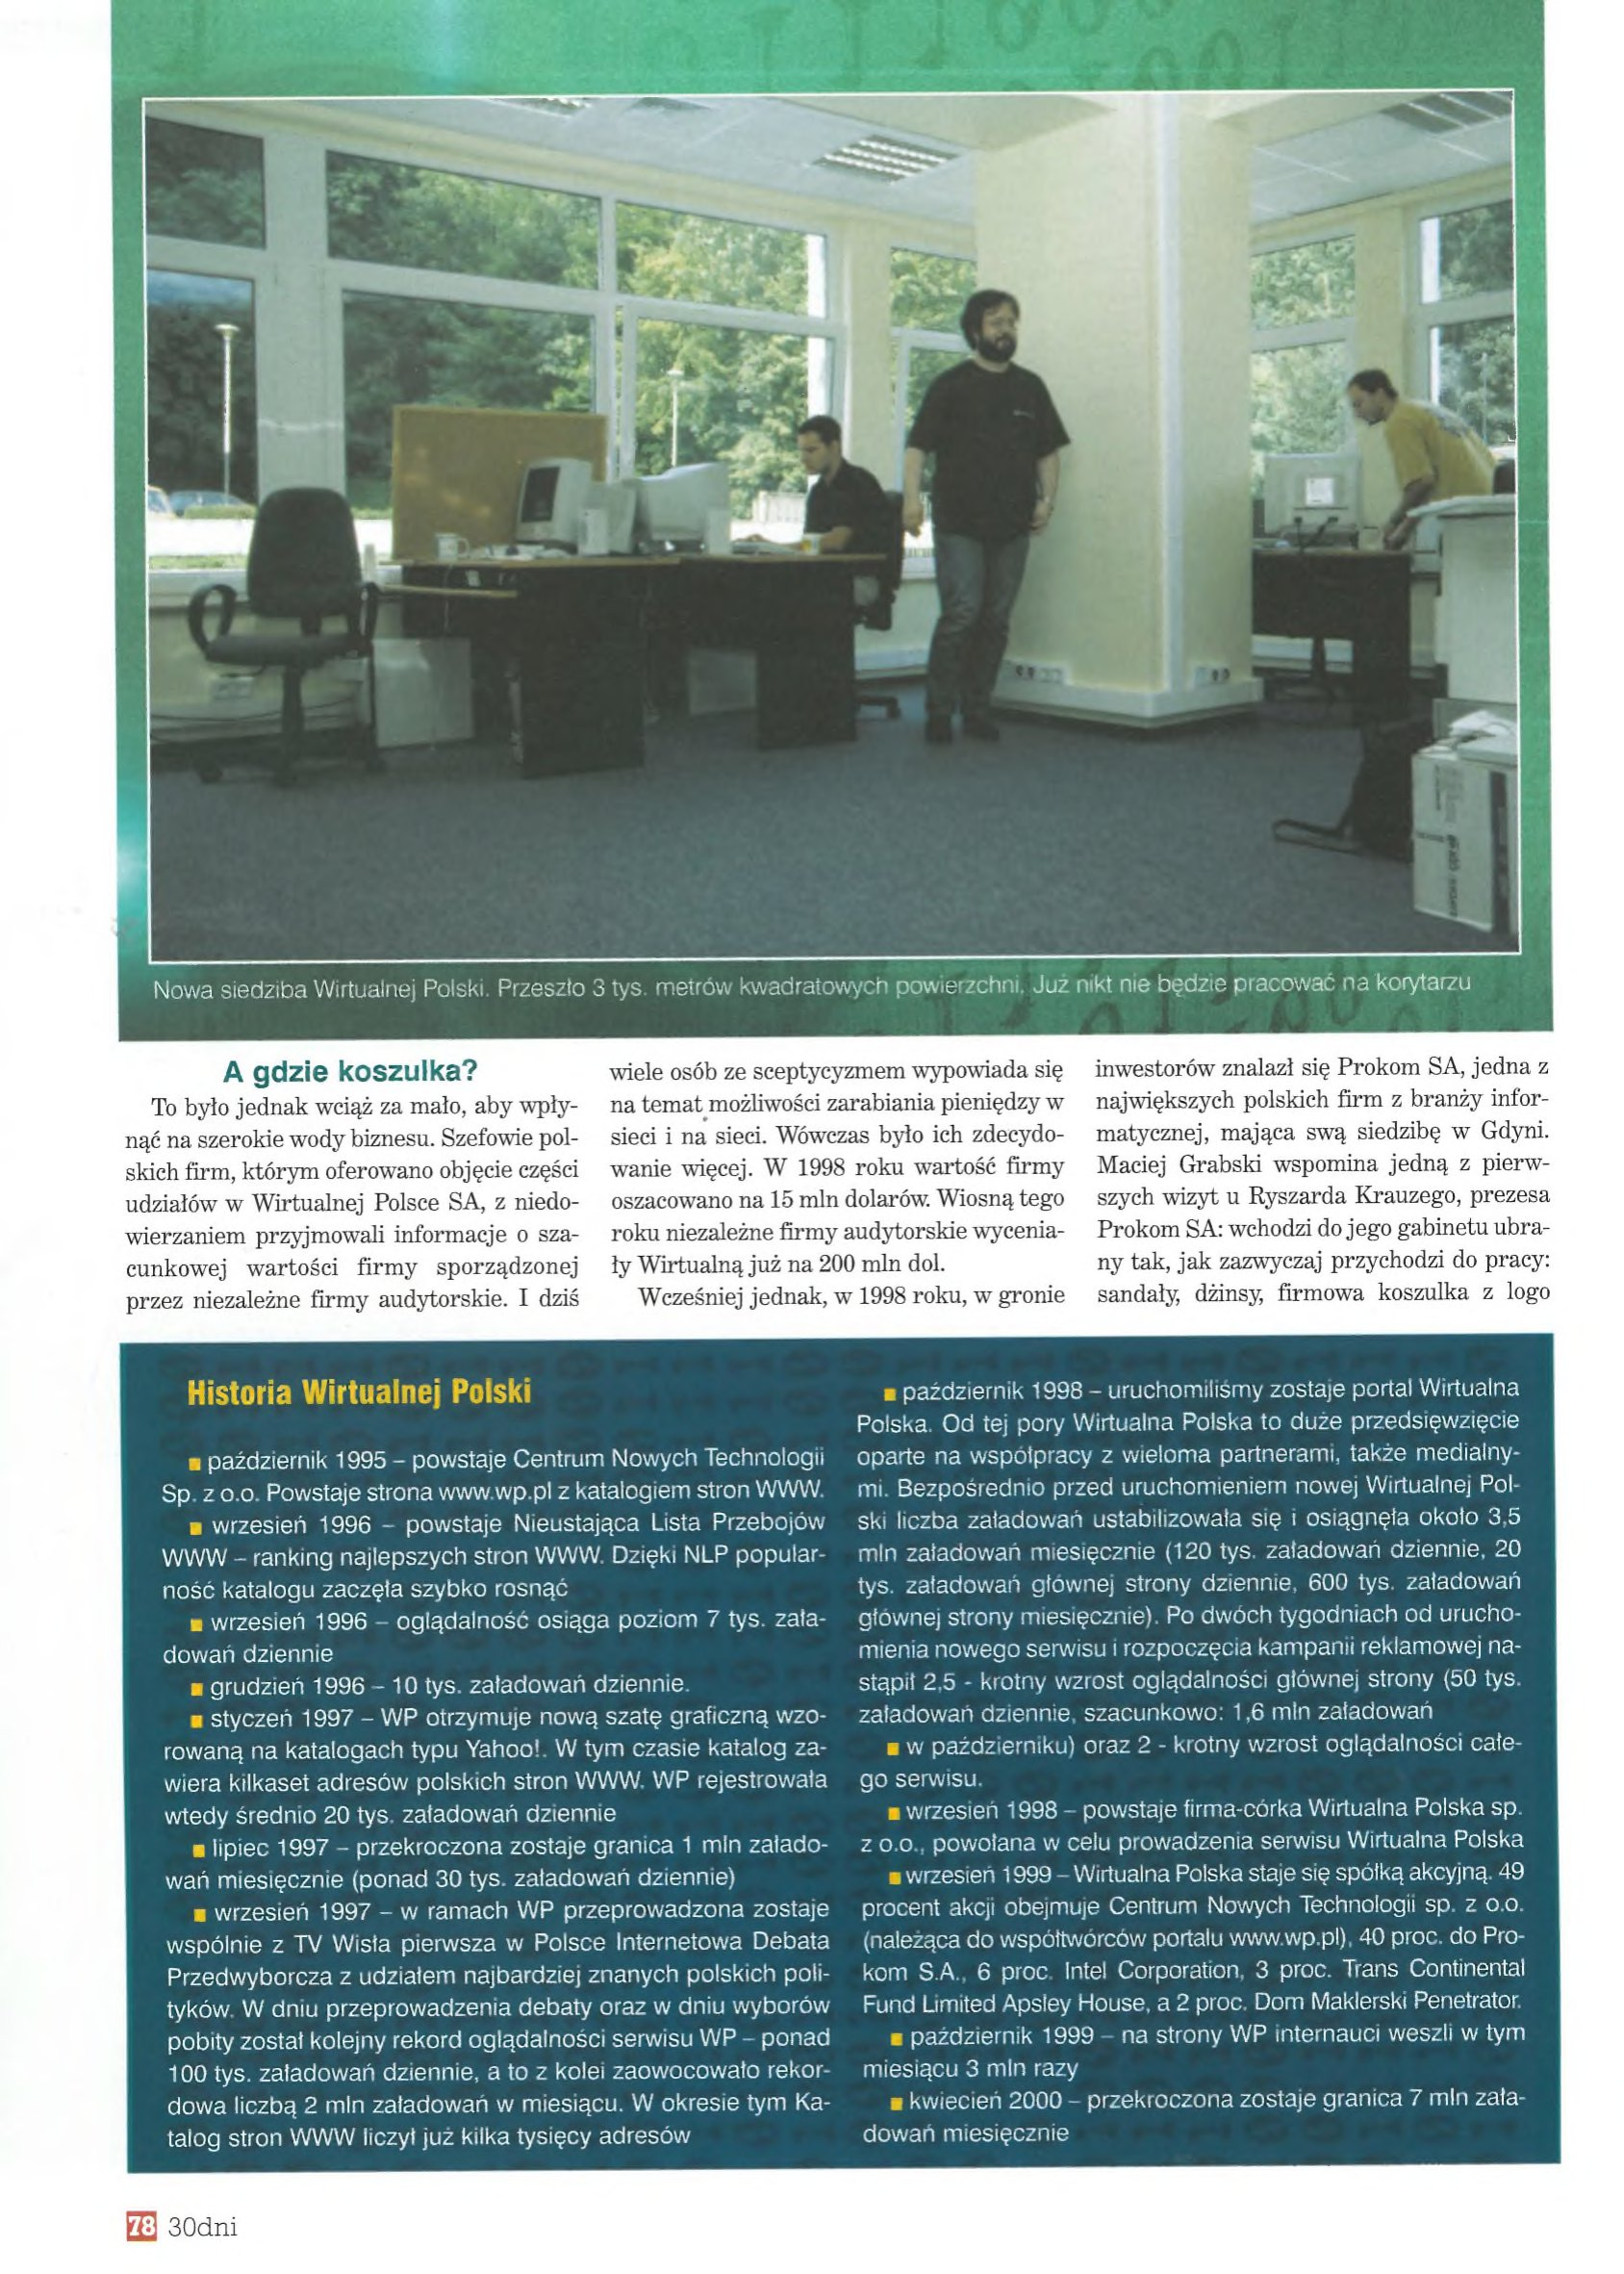
Language: pl